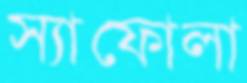
স্যাফোলা